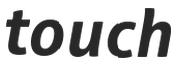
touch